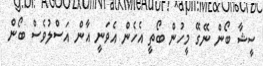
ސީޝާ ބޯން ނޭގޭ މީހުން ބޯތީ އެހެން އެވަނީ އާން އަސްލުވެސް ބޯން